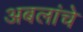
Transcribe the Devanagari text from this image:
अबलांचे